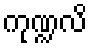
ကုဏ္ဍလိ